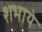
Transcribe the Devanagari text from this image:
शभाये